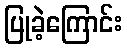
ပြုခဲ့ကြောင်း